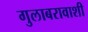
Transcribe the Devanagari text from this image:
गुलाबरावाशी